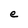
Character: e